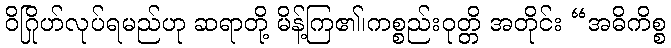
ဝိဂြိုဟ်လုပ်ရမည်ဟု ဆရာတို့ မိန့်ကြ၏၊ကစ္စည်းဝုတ္တိ အတိုင်း “အဓိကိစ္စ